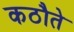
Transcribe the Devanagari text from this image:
कठौते